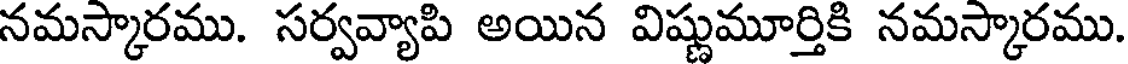
నమస్కారము. సర్వవ్యాపి అయిన విష్ణుమూర్తికి నమస్కారము.